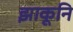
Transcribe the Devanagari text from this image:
झाकूनि